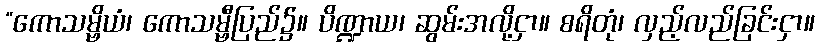
“ကောသမ္ဗိယံ၊ ကောသမ္ဗီပြည်၌။ ပိဏ္ဍာယ၊ ဆွမ်းအလို့ငှာ။ စရိတုံ၊ လှည့်လည်ခြင်းငှာ။